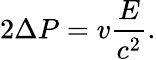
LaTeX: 2\Delta P=v{\frac{E}{c^{2}}}.